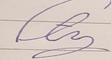
Signature authenticity: forged